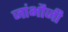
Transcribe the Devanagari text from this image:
जांभौजी